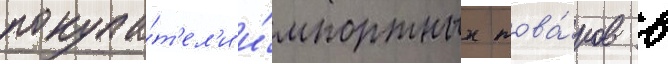
покупа́т'ел'и и́мпортных това́ров в